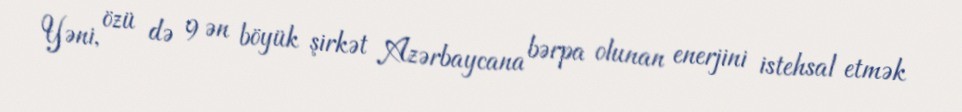
Yəni, özü də 9 ən böyük şirkət Azərbaycana bərpa olunan enerjini istehsal etmək